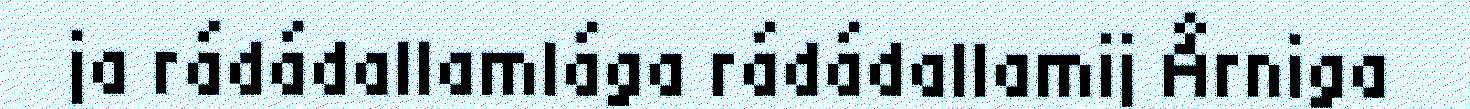
ja rádádallamlága rádádallamij Årniga